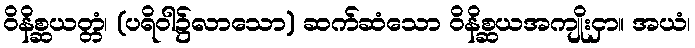
ဝိနိစ္ဆယတ္တံ၊ (ပရိဝါ၌လာသော) ဆက်ဆံသော ဝိနိစ္ဆယအကျိုးငှာ။ အယံ၊